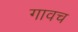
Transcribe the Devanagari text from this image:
गावच